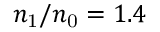
n _ { \mathrm { 1 } } / n _ { \mathrm { 0 } } = 1 . 4